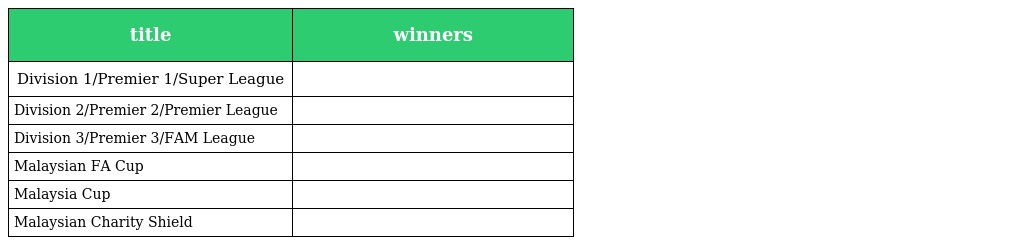
| title | winners |
 | --- | --- |
 | Division 1/Premier 1/Super League |  |
 | Division 2/Premier 2/Premier League |  |
 | Division 3/Premier 3/FAM League |  |
 | Malaysian FA Cup |  |
 | Malaysia Cup |  |
 | Malaysian Charity Shield |  |